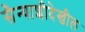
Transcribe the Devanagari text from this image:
सैन्याशीदेखील